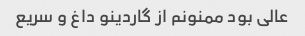
عالی بود ممنونم از گاردینو داغ و سریع